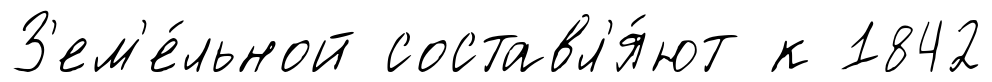
З'ем'е́льной составл'я́ют к 1842